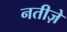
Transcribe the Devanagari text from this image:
नतीज़े